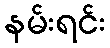
နမ်းရင်း